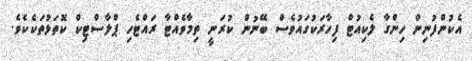
އެކުންފުނިން ހިންގާ ލެކިއުޓް ފިހާރަކުގައުވެސް ބޭނުން ކުރަނީ ތިމާވެއްޓާ ރައްޓެހި ޕްލާސްޓިކް ކޮތަޅުތަކެކެވެ.